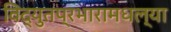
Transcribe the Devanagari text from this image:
विद्युतप्रभारामधल्या